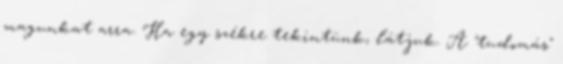
magunkat arra. Ha egy székre tekintünk, látjuk. A "tudomás"